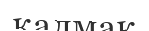
қалмақ